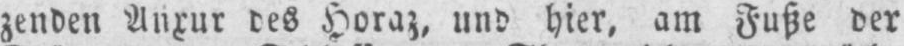
zenden Anxur des Horaz, und hier, am Fuße der